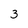
Character: 3